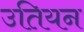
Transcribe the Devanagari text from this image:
उतियन